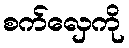
စက်လှေကို